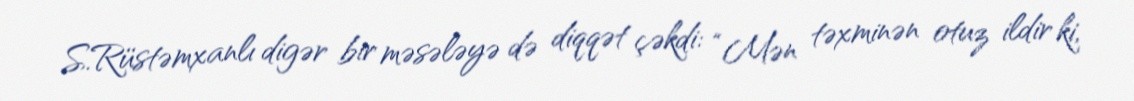
S.Rüstəmxanlı digər bir məsələyə də diqqət çəkdi: “Mən təxminən otuz ildir ki,